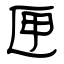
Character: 匣